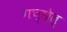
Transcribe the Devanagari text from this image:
गच्छेत्‌